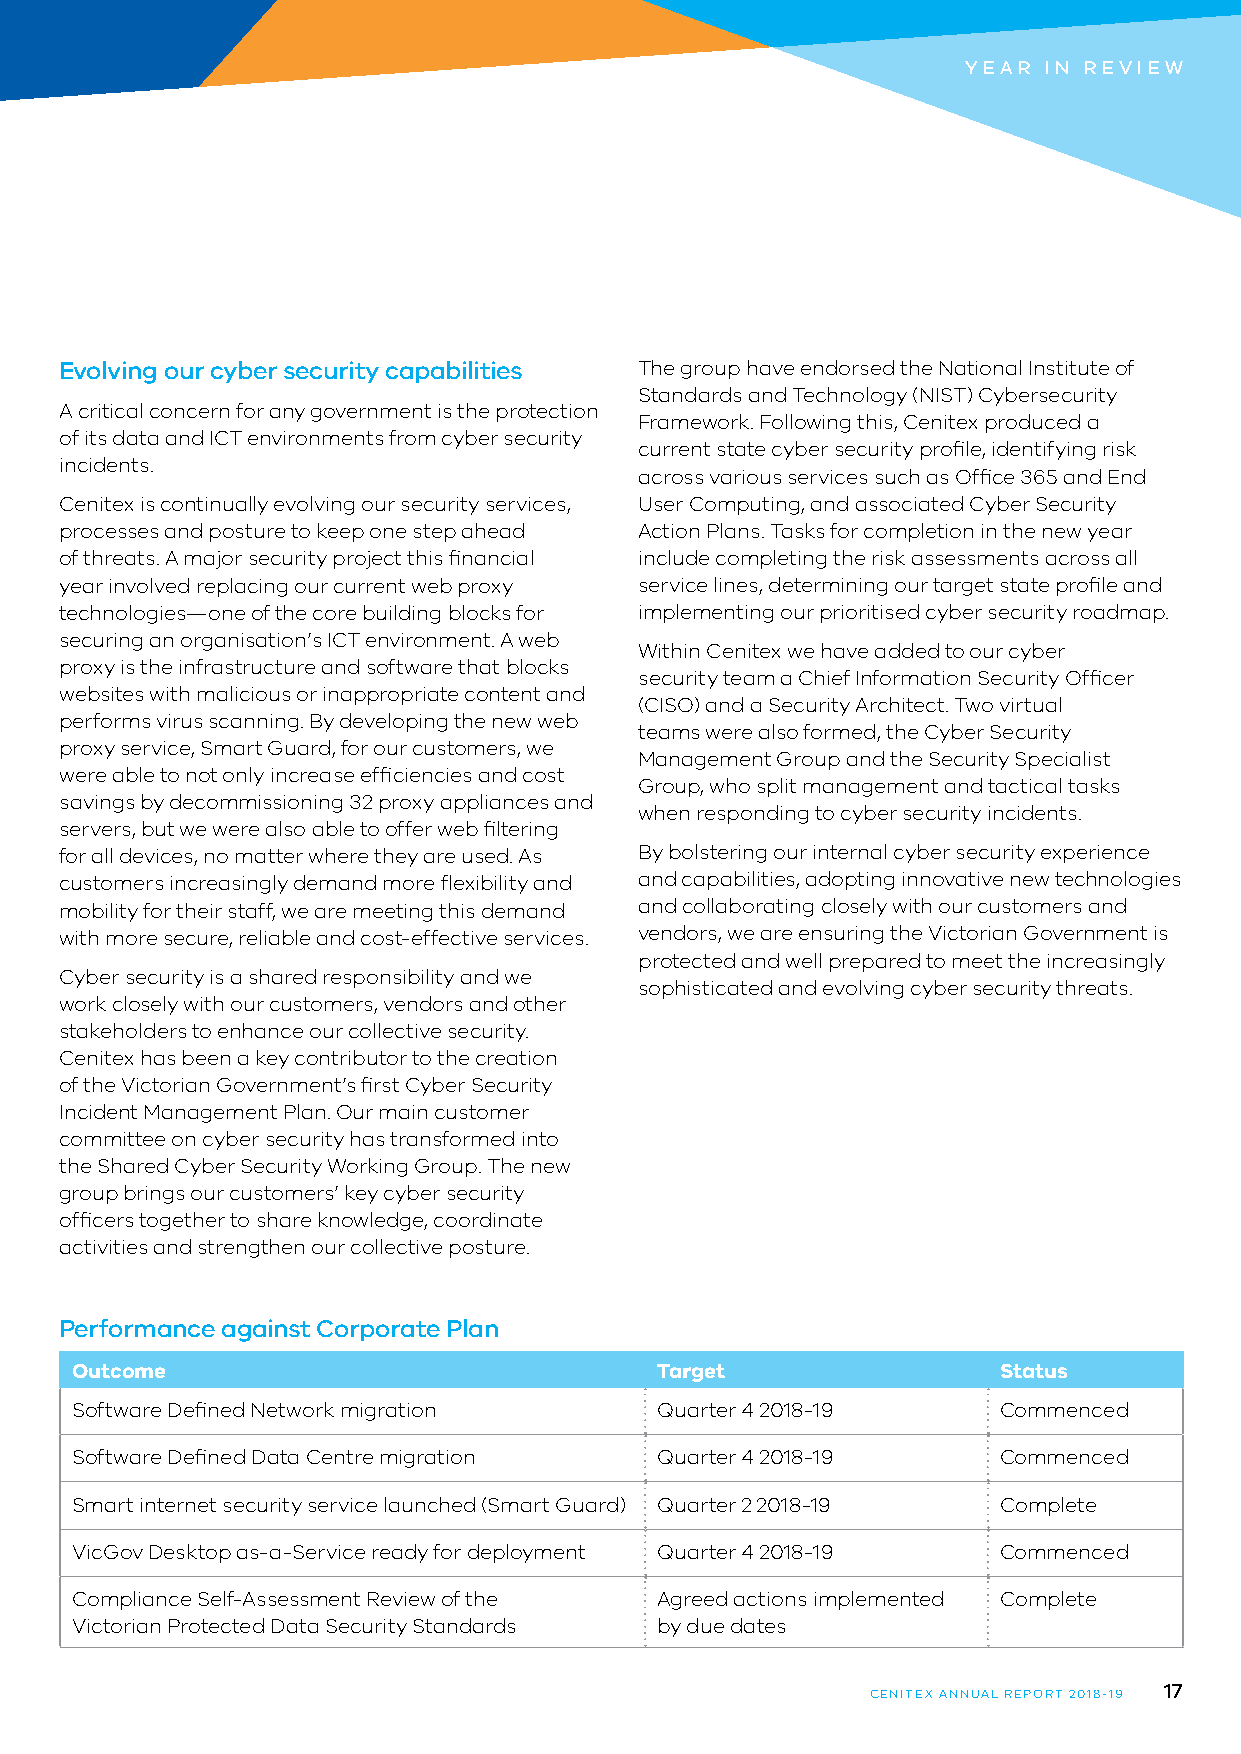
YEAR IN REVIEW
 Evolving our cyber security capabilities The group have endorsed the National Institute of
 Standards and Technology (NIST) Cybersecurity
 A critical concern for any government is the protection
 Framework. Following this, Cenitex produced a
 of its data and ICT environments from cyber security
 current state cyber security profile, identifying risk
 incidents.
 across various services such as Office 365 and End
 Cenitex is continually evolving our security services, User Computing, and associated Cyber Security
 processes and posture to keep one step ahead Action Plans. Tasks for completion in the new year
 of threats. A major security project this financial include completing the risk assessments across all
 year involved replacing our current web proxy service lines, determining our target state profile and
 technologies—one of the core building blocks for implementing our prioritised cyber security roadmap.
 securing an organisation’s ICT environment. A web
 Within Cenitex we have added to our cyber
 proxy is the infrastructure and software that blocks
 security team a Chief Information Security Officer
 websites with malicious or inappropriate content and
 (CISO) and a Security Architect. Two virtual
 performs virus scanning. By developing the new web
 teams were also formed, the Cyber Security
 proxy service, Smart Guard, for our customers, we
 Management Group and the Security Specialist
 were able to not only increase efficiencies and cost
 Group, who split management and tactical tasks
 savings by decommissioning 32 proxy appliances and
 when responding to cyber security incidents.
 servers, but we were also able to offer web filtering
 for all devices, no matter where they are used. As By bolstering our internal cyber security experience
 customers increasingly demand more flexibility and and capabilities, adopting innovative new technologies
 mobility for their staff, we are meeting this demand and collaborating closely with our customers and
 with more secure, reliable and cost-effective services. vendors, we are ensuring the Victorian Government is
 protected and well prepared to meet the increasingly
 Cyber security is a shared responsibility and we
 sophisticated and evolving cyber security threats.
 work closely with our customers, vendors and other
 stakeholders to enhance our collective security.
 Cenitex has been a key contributor to the creation
 of the Victorian Government’s first Cyber Security
 Incident Management Plan. Our main customer
 committee on cyber security has transformed into
 the Shared Cyber Security Working Group. The new
 group brings our customers’ key cyber security
 officers together to share knowledge, coordinate
 activities and strengthen our collective posture.
 Performance against Corporate Plan
 Outcome                               Target                 Status
 Software Defined Network migration    Quarter 4 2018-19      Commenced
 Software Defined Data Centre migration Quarter 4 2018-19     Commenced
 Smart internet security service launched (Smart Guard) Quarter 2 2018-19 Complete
 VicGov Desktop as-a-Service ready for deployment Quarter 4 2018-19 Commenced
 Compliance Self-Assessment Review of the Agreed actions implemented Complete
 Victorian Protected Data Security Standards by due dates
 17
 CENITEX ANNUAL REPORT 2018-19